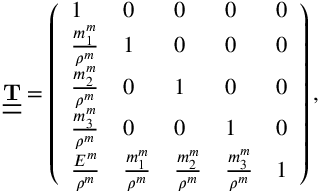
\begin{array} { r } { \underline { { \underline { { \bf T } } } } = \left( \begin{array} { l l l l l } { 1 } & { 0 } & { 0 } & { 0 } & { 0 } \\ { \frac { m _ { 1 } ^ { m } } { \rho ^ { m } } } & { 1 } & { 0 } & { 0 } & { 0 } \\ { \frac { m _ { 2 } ^ { m } } { \rho ^ { m } } } & { 0 } & { 1 } & { 0 } & { 0 } \\ { \frac { m _ { 3 } ^ { m } } { \rho ^ { m } } } & { 0 } & { 0 } & { 1 } & { 0 } \\ { \frac { E ^ { m } } { \rho ^ { m } } } & { \frac { m _ { 1 } ^ { m } } { \rho ^ { m } } } & { \frac { m _ { 2 } ^ { m } } { \rho ^ { m } } } & { \frac { m _ { 3 } ^ { m } } { \rho ^ { m } } } & { 1 } \end{array} \right) , } \end{array}